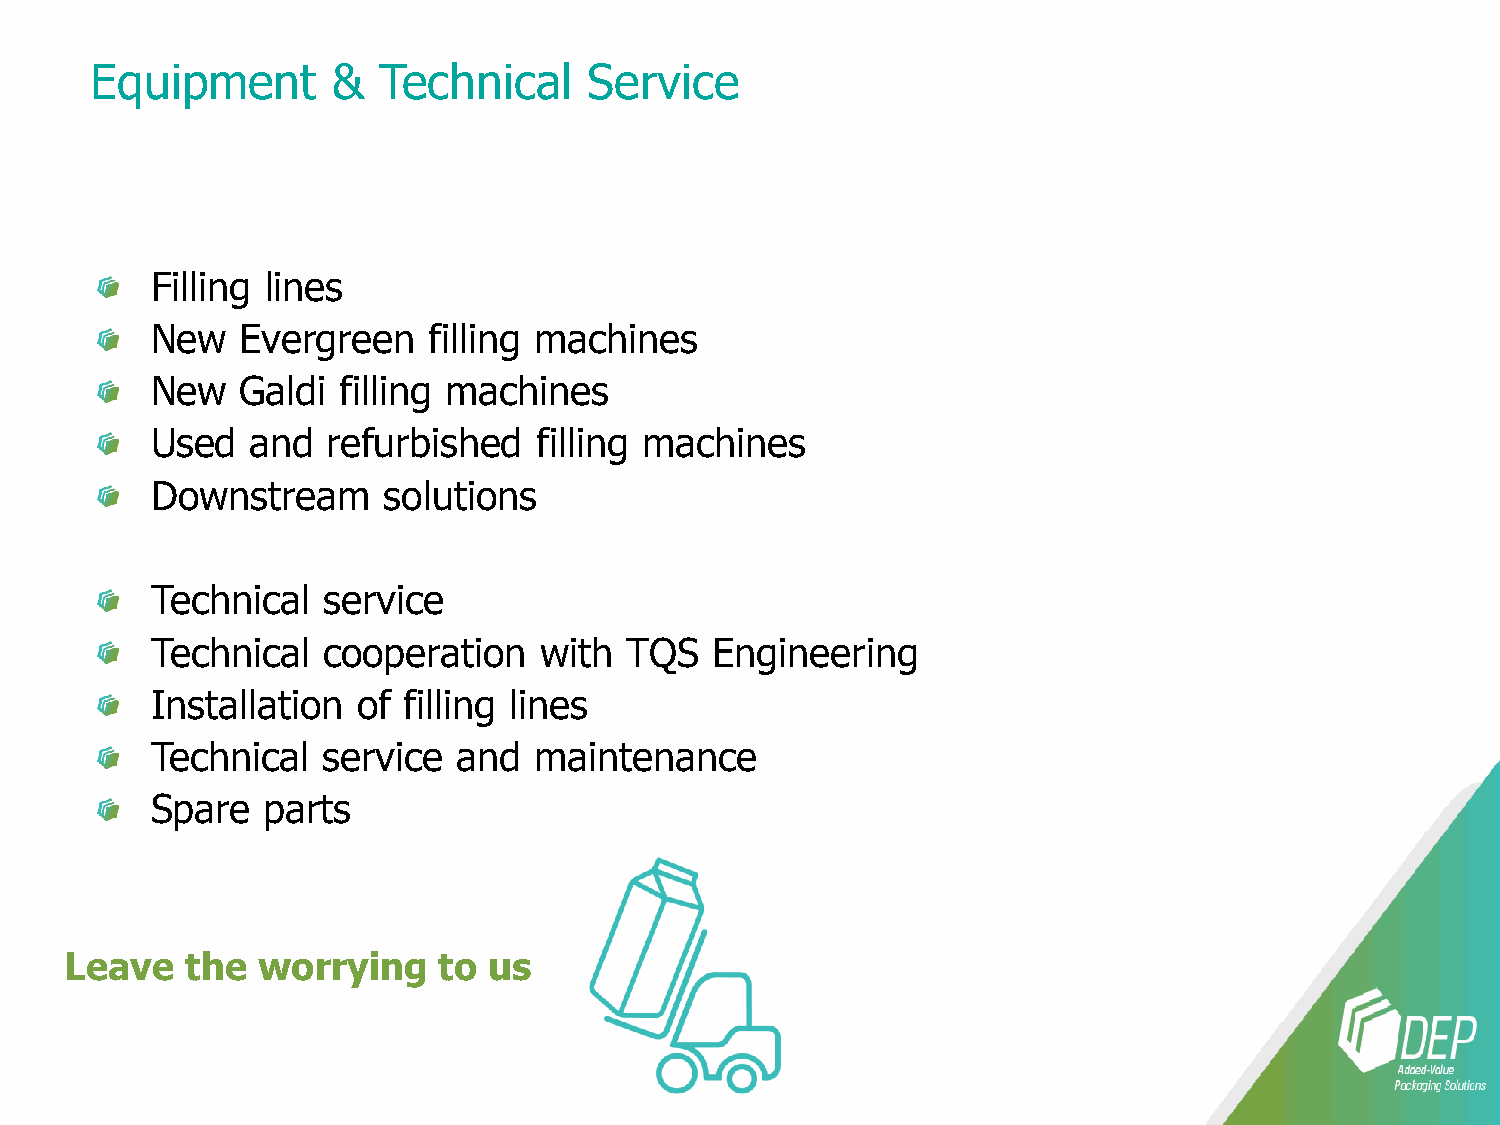
Equipment       &  Technical     Service
 Filling lines
 New   Evergreen   filling machines
 New   Galdi filling machines
 Used   and  refurbished   filling machines
 Downstream     solutions
 Technical  service
 Technical  cooperation    with  TQS  Engineering
 Installation  of filling lines
 Technical  service  and  maintenance
 Spare  parts
 Leave   the  worrying    to us